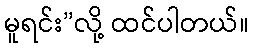
မူရင်း”လို့ ထင်ပါတယ်။